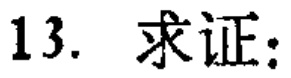
13. 求证：